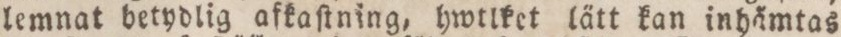
lemnat betydlig afkaſtning, hwtlket lätt kan inhåmtas